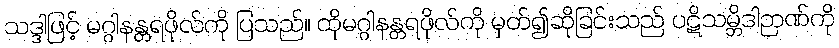
သဒ္ဒါဖြင့် မဂ္ဂါနန္တရဖိုလ်ကို ပြသည်။ ထိုမဂ္ဂါနန္တရဖိုလ်ကို မှတ်၍ဆိုခြင်းသည် ပဋိသမ္ဘိဒါဉာဏ်ကို